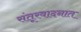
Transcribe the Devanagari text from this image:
संतूरवादनात